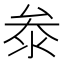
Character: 𭆞